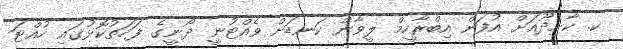
ކ. ކާށިދޫއަށް އުފަން އިބްރާހީމް ލީވާން ކަނޑަށް ވެއްޓުނީ ދޯނީގެ ފަހަތުކޮޅުގައި ހުއްޓަ